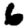
Digit: 6